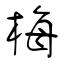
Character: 梅